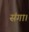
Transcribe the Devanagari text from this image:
संगा।